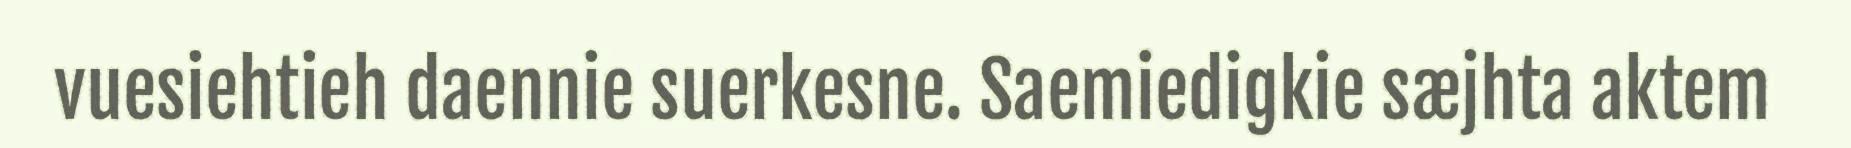
vuesiehtieh daennie suerkesne. Saemiedigkie sæjhta aktem